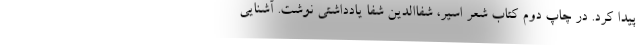
پیدا کرد. در چاپ دوم کتاب شعر اسیر، شفاالدین شفا یادداشتی نوشت. آشنایی